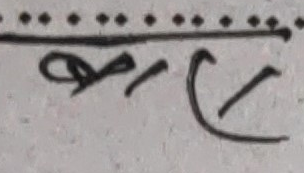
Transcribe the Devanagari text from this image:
बार